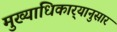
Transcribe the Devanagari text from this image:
मुख्याधिकार्‍यानुसार